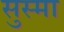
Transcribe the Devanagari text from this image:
सुस्मा